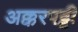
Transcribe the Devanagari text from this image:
अक्करपट्टी